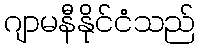
ဂျာမနီနိုင်ငံသည်